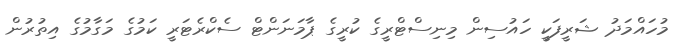
މުހައްމަދު ޝަރީފަކީ ހައުސިން މިނިސްޓްރީގެ ކުރީގެ ޕާމަނަންޓް ސެކްރެޓަރީ ކަމުގެ މަގާމުގެ އިތުރުން